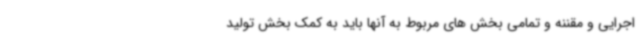
اجرایی و مقننه و تمامی بخش های مربوط به آنها باید به کمک بخش تولید